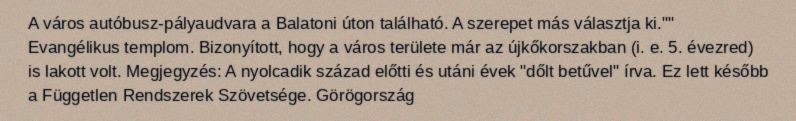
A város autóbusz-pályaudvara a Balatoni úton található. A szerepet más választja ki."" Evangélikus templom. Bizonyított, hogy a város területe már az újkőkorszakban (i. e. 5. évezred) is lakott volt. Megjegyzés: A nyolcadik század előtti és utáni évek "dőlt betűvel" írva. Ez lett később a Független Rendszerek Szövetsége. Görögország